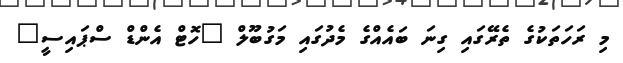
މި ރަހަތަކުގެ ތެރޭގައި ގިނަ ބައެއްގެ މެދުގައި މަގުބޫލް "ހޮޓް އެންޑް ސްޕައިސީ"